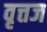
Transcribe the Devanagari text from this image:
वृत्तज